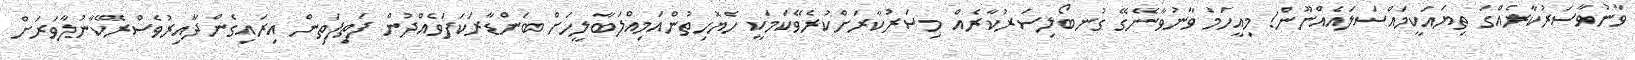
ވާނުވާސަރުކާރެއްގަ ތިޔައަކީމައްސަލައެއްނޫން! މިއީހަމަ ވާނުވާނޭގޭ ގުނބޯލިސަރުކާރެއް މިސަރުކާރަށްކުރެވޭކަމަކީ ހެޔޮހިތުންއަމިއްލަބާލީހަށް ބަންޑާރަކަފަވެއްދުން ފަތިފަތިން އިރައިގެންދާއިރުވެސްރޭކާނުލާވަރަށް